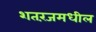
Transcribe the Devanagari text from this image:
शतरंजमधील